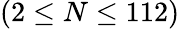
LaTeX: (2\leq N\leq 112)